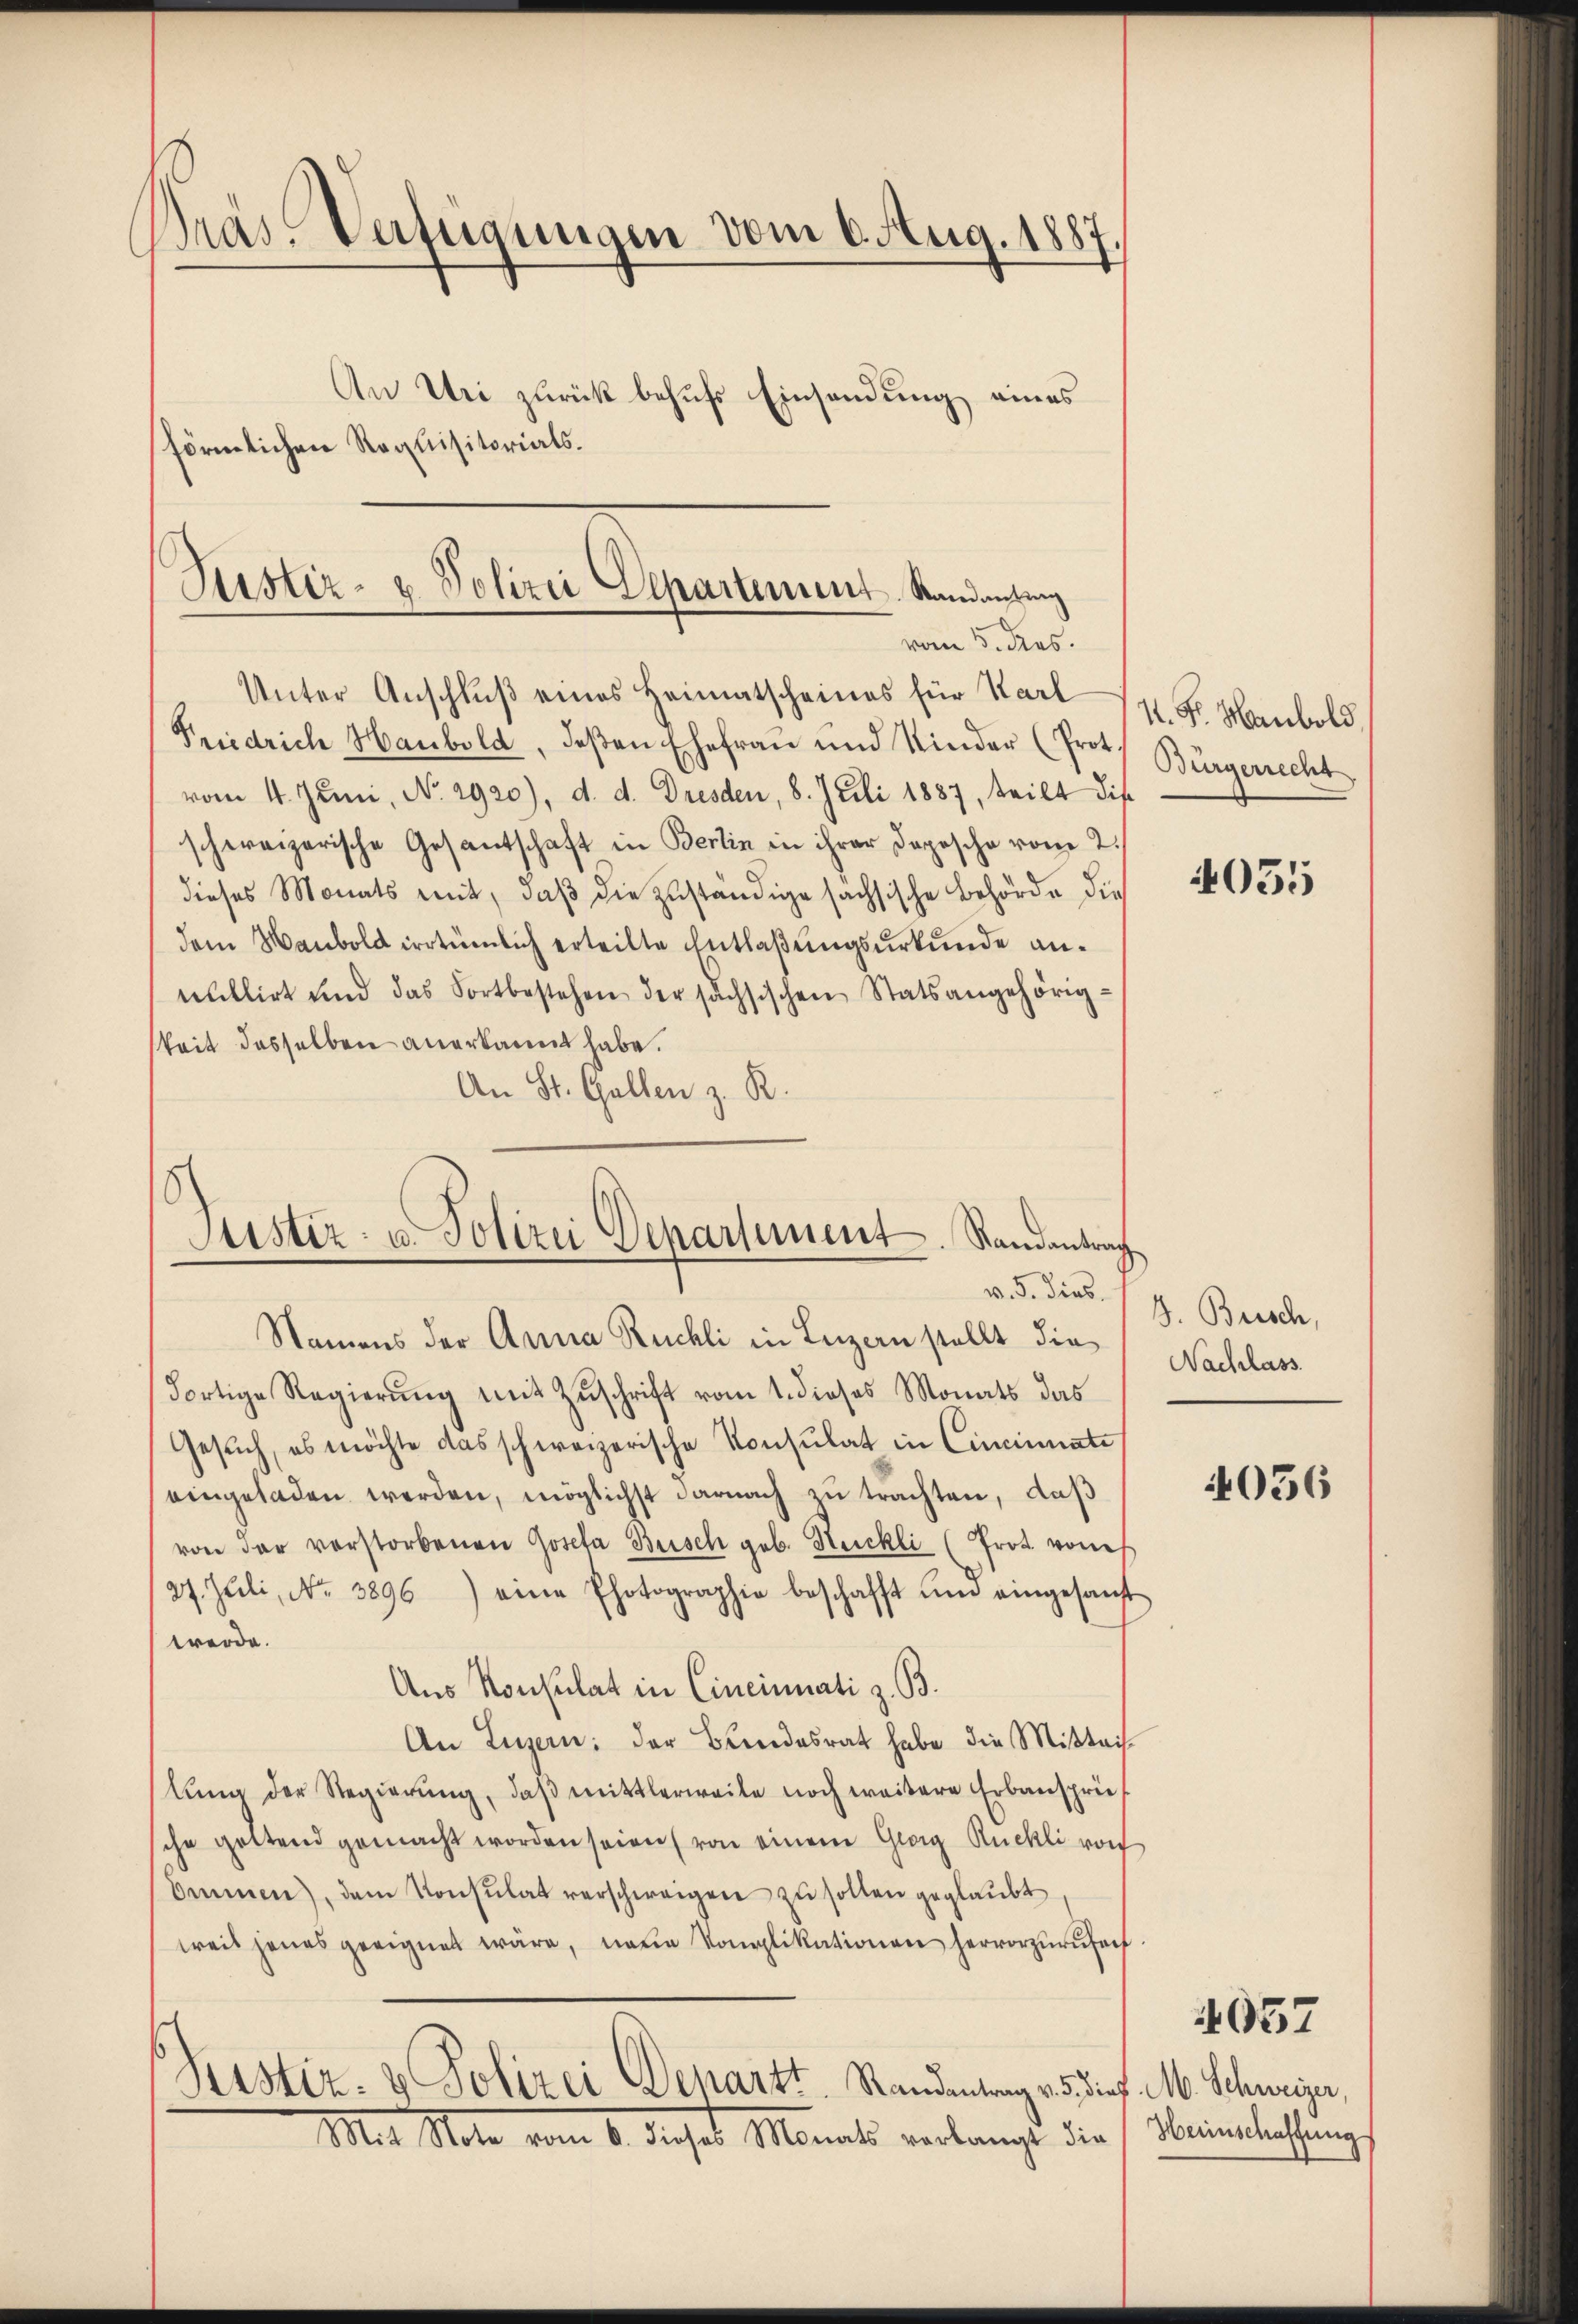
Präs. Verfügungen vom 6. Aug. 1887.
An Uri zurück behufs Einsendung eines
förmlichen Requisitorials.

Rustiz- u. Polizei Departement. Standanting
vom 5. das.

Justiz- u. Polizei Departement. Randantrag
v. 5. dies

Unter Anschluß eines Heimatscheines für Karl
Pridrich Haubold, deßen Ehefrau und Kinder (Prot.
vom 4. Juni, No. 2920), d. d. Dresden, 8. Juli 1887, teilt dis
schweizerische Gesantschaft in Berlin in ihrer Depesche vom 2.
dieses Monats mit, daß die zuständige sachsische Behörde die
dem Haubold irrtümlich erteilte Entlaßungsurkunde annullirt und das Fortbestehen der sächsischen Statsangehörig-
keit desselben anerkannt habe.
An St. Gallen z. R.

Namens der Anna Rückli in Luzern stellt die
Fortige Regierŭng mit Zŭschrift vom 1. dieses Monats das
Gesuch, es möchte das schweizerische Konsulat in Cincinate
eingeladen werden, möglichst darnach zu trachten, daß
von der verstorbenen Josefa Busch geb. Kuckli (Prot. von
27. Juli, No. 3896) eine Ehotographie beschafft ŭm eingesanft
werde.
Aus Konsulat in Cincinati z. B.
An Luzern: der Bundesrat habe die Mitteislŭng der Regierŭng, daβ mittlerweile noch weitere Erbansprie
sche geltend gemacht worden seien (von einem Grog Rückli von
Ommen), dem Konsulat verschweigen zŭ sollen geglaŭbt
weis jenes geeignet wäre, neue Komplikationen hervorzurufenf
Peistiz- & Polizei Departt. Randentrag v. 5. dief. M. Schweizer,
Mit Note vom 6. dieses Monats verlangt die Meinenbachtung.

1. Fr. Manbold
Bürgerrecht

4055

J. Brisch,
Nachlass

4056

4057